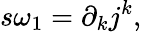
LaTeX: s\omega_{1}=\partial_{k}j^{k},